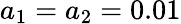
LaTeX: a_{1}=a_{2}=0.01